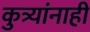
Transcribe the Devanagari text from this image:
कुत्र्यांनाही